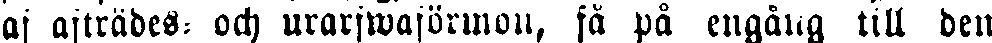
af afträdes- och urarfwaförmon, så på engång till den